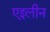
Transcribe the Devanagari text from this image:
एइलीन